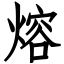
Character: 熔